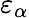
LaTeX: \varepsilon_{\alpha}